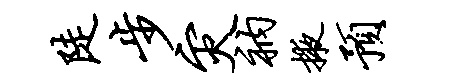
陡步灾衲掖预